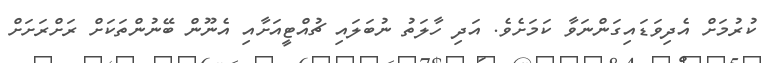
ކުރުމަށް އެދިވަޑައިގަންނަވާ ކަމަށެވެ. އަދި ހާލަތު ނުބަލައި ޗުއްޓީއަށާއި އެނޫން ބޭނުންތަކަށް ރަށްރަށަށް